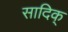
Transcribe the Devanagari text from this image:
सादिक्